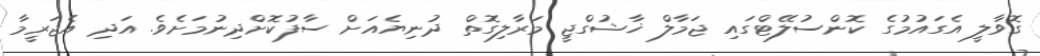
ގޮވާލީ އެގައުމުގެ ކޮންސުލޭޓްގައި ޖަމާލް ޚާޝުގްޖީ މަރާލިގޮތް ދުނިޔެއަށް ސާފުކޮށްދިނުމަށެވެ. އަދި އެޖަރީމާ